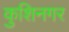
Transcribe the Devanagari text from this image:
कुशिनगर